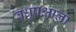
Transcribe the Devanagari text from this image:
वधूपक्षाला